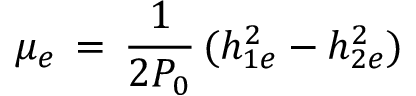
\mu _ { e } \, = \, { \frac { 1 } { 2 P _ { 0 } } } \, ( h _ { 1 e } ^ { 2 } - h _ { 2 e } ^ { 2 } ) \,